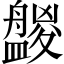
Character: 𥃑